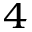
_ 4